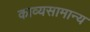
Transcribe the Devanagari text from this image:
काव्यसामान्य